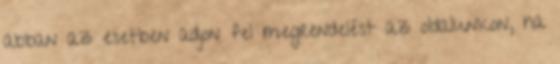
abban az esetben adjon fel megrendelést az oldalunkon, ha